Vaccination in Bombay 1874-1876 - 1874-1876
Year: 1874
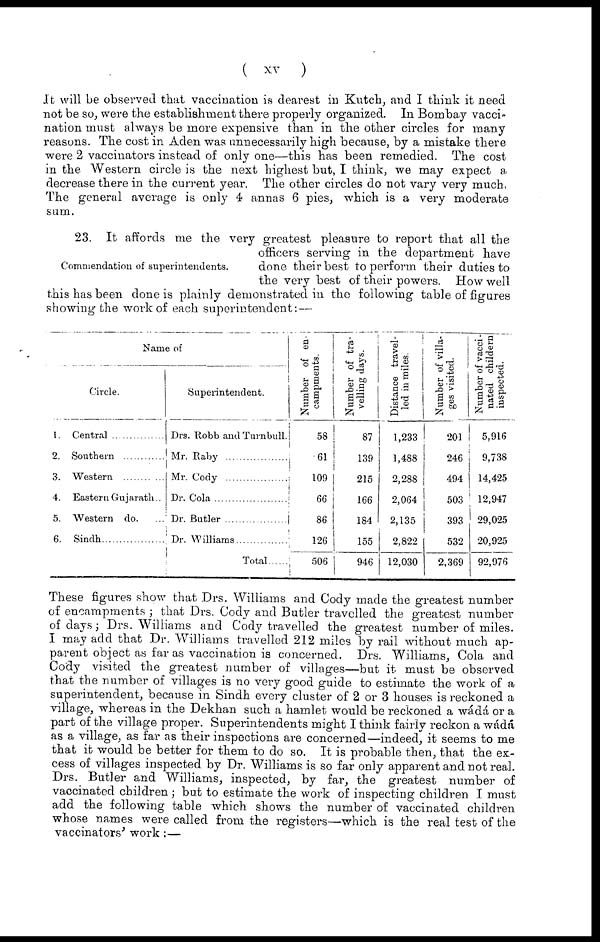
( xv
)
It will be observed that vaccination is dearest in Kutck, and I think it need
not be so, were the establishment there properly organized. In Bombay vacci-
nation must always be more expensive than in the other circles for many
reasons. The cost in Aden was unnecessarily high because, by a mistake there
were 2 vaccinators instead of only one—this has been remedied. The cost
in the Western circle is the next highest but, I think, we may expect a
decrease there in the current year. The other circles do not vary very much,
The general average is only 4 annas 6 pies, which is a very moderate
sum.
Commendation of superintendents.
23. It affords me the very greatest pleasure to report that all the
officers serving in the department have
done their best to perform their duties to
the very best of their powers. How well
this has been done is plainly demonstrated in the following table of figures
showing the work of each superintendent: —
Name of
Circle.
1.
2.
3.
4.
5.
6.
Central
Southern
Western
Eastern Gujarath..
Western do. ...
Sindh
Superintendent.
Drs. Robb and Turnbull.
Mr. Raby
Mr.Cody.....................
Dr. Cola
Dr. Butler
Dr. Williams
Total ......
Number of en-
campments.
58
61
109
66
86
126
506
Number of tra-
velling days.
87
139
215
166
184
155
946
Distance travel-
led in miles.
1,233
1,488
2,288
2,064
2,135
2,822
12,030
Number of villa-
ges visited.
201
246
494
503
393
532
2,369
Number of vacci -
nated childern
inspected.
5,916
9,738
14,425
12,947
29,025
20,925
92,976
These figures show that Drs. Williams and Cody made the greatest number
of encampments ; that Drs. Cody and Butler travelled the greatest number
of days; Drs. Williams and Cody travelled the greatest number of miles.
I may add that Dr. Williams travelled 212 miles by rail without much ap-
parent object as far as vaccination is concerned. Drs. Williams, Cola and
Cody visited the greatest number of villages—but it must be observed
that the number of villages is no very good guide to estimate the work of a
superintendent, because in Sindh every cluster of 2 or 3 houses is reckoned a
village, whereas in the Dekhan such a hamlet would be reckoned a wádá or a
part of the village proper. Superintendents might I think fairly reckon a wádá
as a village, as far as their inspections are concerned—indeed, it seems to me
that it would be better for them to do so. It is probable then, that the ex-
cess of villages inspected by Dr. Williams is so far only apparent and not real.
Drs. Butler and Williams, inspected, by far, the greatest number of
vaccinated children; but to estimate the work of inspecting children I must
add the following table which shows the number of vaccinated children
whose names were called from the registers—which is the real test of the
vaccinators' work :—